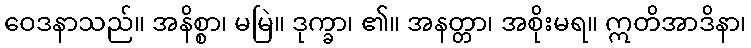
ဝေဒနာသည်။ အနိစ္စာ၊ မမြဲ။ ဒုက္ခာ၊ ၏။ အနတ္တာ၊ အစိုးမရ။ ဣတိအာဒိနာ၊